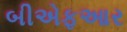
બીએફઆર